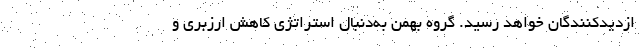
ازدیدکنندگان خواهد رسید. گروه بهمن به‌دنبال استراتژی کاهش ارزبری و